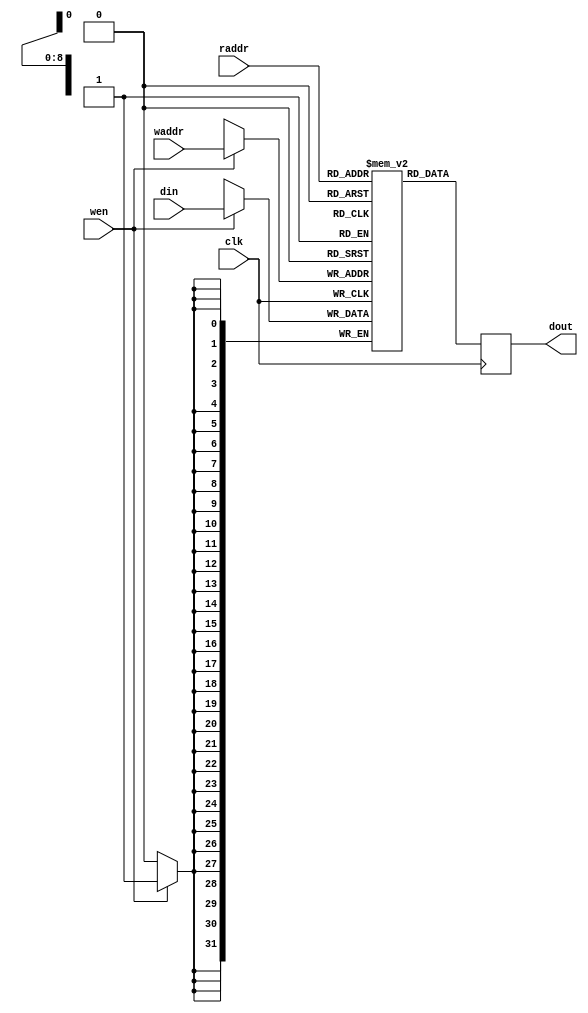
/*
Copyright 2020, Ahmet Can Mert <ahmetcanmert@sabanciuniv.edu>

Licensed under the Apache License, Version 2.0 (the "License");
you may not use this file except in compliance with the License.
You may obtain a copy of the License at

   http://www.apache.org/licenses/LICENSE-2.0

Unless required by applicable law or agreed to in writing, software
distributed under the License is distributed on an "AS IS" BASIS,
WITHOUT WARRANTIES OR CONDITIONS OF ANY KIND, either express or implied.
See the License for the specific language governing permissions and
limitations under the License.
*/

`timescale 1ns / 1ps

module BRAM #(parameter DLEN = 32, HLEN=9)
           (input                 clk,
            input                 wen,
            input      [HLEN-1:0] waddr,
            input      [DLEN-1:0] din,
            input      [HLEN-1:0] raddr,
            output reg [DLEN-1:0] dout);
// bram
(* ram_style="block" *) reg [DLEN-1:0] blockram [(1<<HLEN)-1:0];

// write operation
always @(posedge clk) begin
    if(wen)
        blockram[waddr] <= din;
end

// read operation
always @(posedge clk) begin
    dout <= blockram[raddr];
end

endmodule